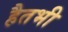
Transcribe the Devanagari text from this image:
हैतभी